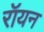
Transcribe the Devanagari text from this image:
रॉयन